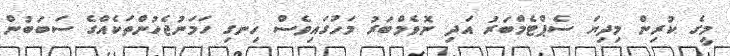
މީގެ ކުރިން މިދިޔަ ސެޕްޓެމްބަރު އަދި ނޮވެމްބަރު މަހުގައިވެސް ހިނގި ހަމަނުޖެހުންތަކެއްގެ ސަބަބުން